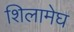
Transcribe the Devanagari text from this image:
शिलामेघ